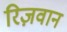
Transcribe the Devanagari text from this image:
रिज़वान